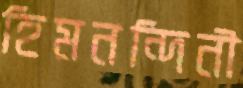
হিমনন্দিনী